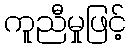
ကူညီမှုဖြင့်